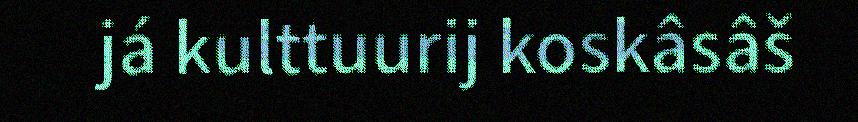
já kulttuurij koskâsâš